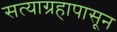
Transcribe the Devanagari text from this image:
सत्याग्रहापासून